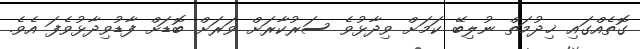
ގޮތެއްގައި ޚިދުމަތް ނުލިބޭ ކަމަށް ވިދާޅުވެ ސަރުކާރަށް ވަރަށް ބޮޑަށް ފާޑުވިދާޅުވެފަ އެވެ.